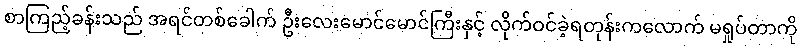
စာကြည့်ခန်းသည် အရင်တစ်ခေါက် ဦးလေးမောင်မောင်ကြီးနှင့် လိုက်ဝင်ခဲ့ရတုန်းကလောက် မရှုပ်တာကို